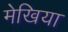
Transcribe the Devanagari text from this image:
मेखिया